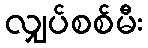
လျှပ်စစ်မီး